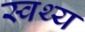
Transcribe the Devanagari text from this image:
स्वथ्य